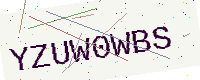
Text: YZUW0WBS